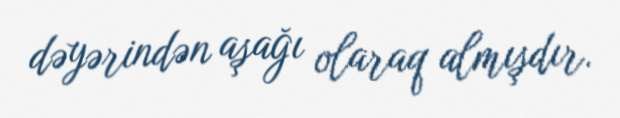
dəyərindən aşağı olaraq almışdır.